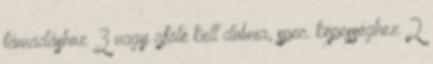
támadáshoz 3 vagy afölé kell dobnia, spec. képességhez 2